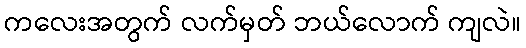
ကလေးအတွက် လက်မှတ် ဘယ်လောက် ကျလဲ။